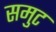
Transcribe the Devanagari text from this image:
समुट